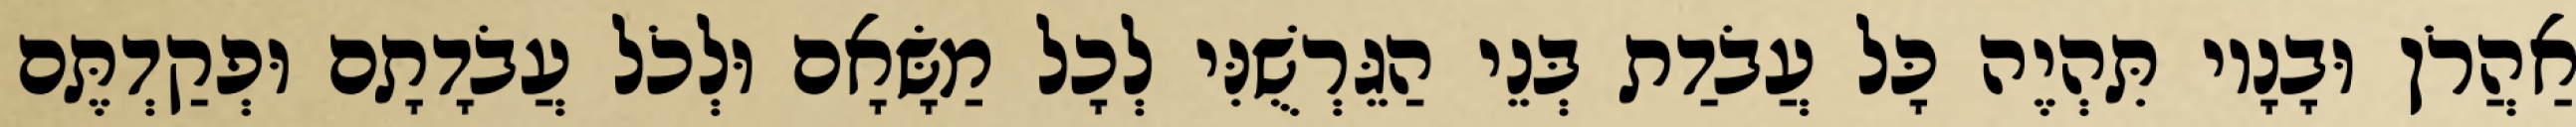
אַהֲרֹן וּבָנָיו תִּהְיֶה כָּל עֲבֹדַת בְּנֵי הַגֵּרְשֻׁנִּי לְכָל מַשָּׂאָם וּלְכֹל עֲבֹדָתָם וּפְקַדְתֶּם